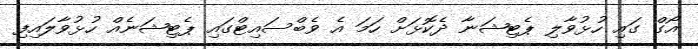
އޯގް ގައި ހުޅުވާލި ޕެޓިޝަނާ ދެކޮޅަށް ހަމަ އެ ވެބްސައިޓްގައި ޕެޓިޝަނެއް ހުޅުވާލައިފި